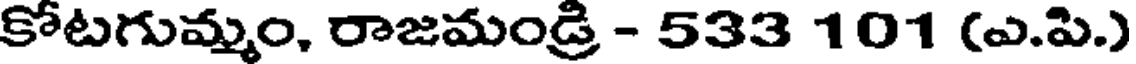
కోటగుమ్మం, రాజమండ్రి - 533 101 (ఎ.పి.)